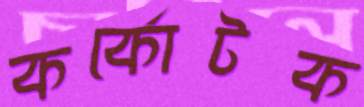
কর্কোটক